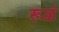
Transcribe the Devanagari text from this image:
रूळं